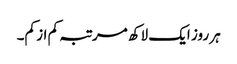
ہر روز ایک لاکھ مرتبہ کم از کم۔